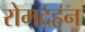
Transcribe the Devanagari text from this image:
रोमदहन